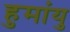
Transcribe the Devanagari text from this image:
हुमांयु